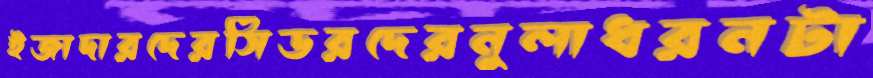
ইজাদারদেরসিডরদেরনুলাধরনটা